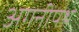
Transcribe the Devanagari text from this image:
अगनीपथ